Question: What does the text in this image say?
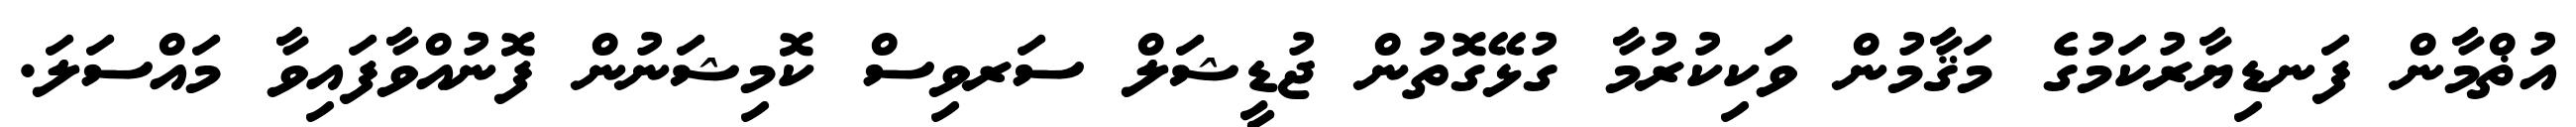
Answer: އުޡްމާން ފަނޑިޔާރުކަމުގެ މަޤާމުން ވަކިކުރުމާ ގުޅޭގޮތުން ޖުޑީޝަލް ސަރވިސް ކޮމިޝަނުން ފޮނުއްވާފައިވާ މައްސަލަ.